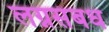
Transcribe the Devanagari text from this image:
लग्नसंबध